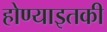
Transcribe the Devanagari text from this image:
होण्याइतकी